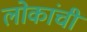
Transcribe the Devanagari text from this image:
लोकांचीं